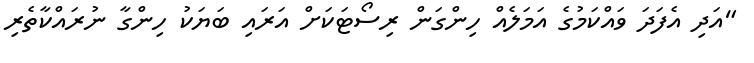
"އަދި އެފަދަ ވައްކަމުގެ އަމަލެއް ހިންގަން ރިސޯޓަކަށް އަރައި ބަޔަކު ހިންގާ ނުރައްކާތެރި